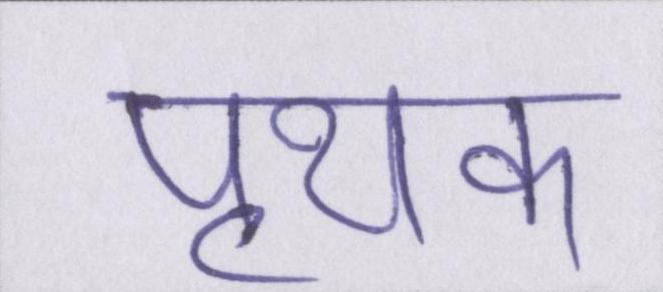
पृथक